King Institute of Preventive Medicine Bacteriolog. Section reports 1907-08
Year: 1907
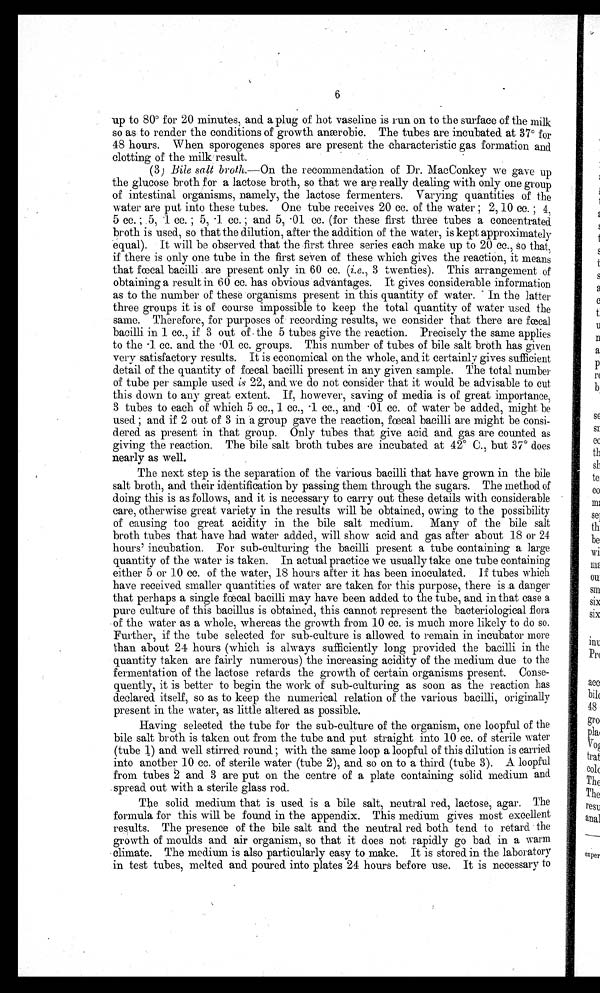
6
up to 80° for 20 minutes, and a plug of hot vaseline is run on to the surface of the milk
so as to render the conditions of growth anaerobic. The tubes are incubated at 37° for
48 hours. When sporogenes spores are present the characteristic gas formation and
clotting of the milk result.
(3) Bile salt broth.--On the recommendation of Dr. MacConkey we gave up
the glucose broth for a lactose broth, so that we are really dealing with only one group
of intestinal organisms, namely, the lactose fermenters. Varying quantities of the
water are put into these tubes. One tube receives 20 cc. of the water ; 2, 10 cc. ; 4.
5 cc. ; .5, 1 cc. ; 5, .1. cc. ; and 5, 01 cc. (for these first three tubes a concentrated
broth is used, so that the dilution, after the addition of the water, is kept approximately
equal). It will be observed that thefirst three series each make up to 20 cc., so that.,
if there is only one tube in the first seven of these which gives the reaction, it means
that faecal bacilli. are present only in 60 cc. (i.e., 3 twenties). This arrangement of
obtaining a result in 60 cc. has obvious advantages. It gives considerable information
as to the number of these organisms present i.n this quantity of water. In the latter
three groups it is of course impossible to keep the total quantity of water used the
same. Therefore, for purposes of recording results, we consider that there are fecal
bacilli. in 1 cc., if 3 out of . the 5 tubes give the reaction. Precisely the same applies
to the 1. cc. and the 01 cc. groups. This number of tubes of bile salt broth has given
very satisfactory results. It is economical on the whole, and it certainly gi.ves sufficient
detail of the quantity of fcal bacilli present in any given sample. The total number
of tube per sample used is 22, and we do not consider that it would be advisable to cut
this down to any great extent. If, however, saving of media is of great importance,
3 tubes to each of which 5 cc., 1 cc., 1 cc., and 0cc. of water be added, might be
used ; and if 2 out of 3 in a group gave the reaction, faecal bacilli are might be consi-
dered as present in that group. Only tubes that give acid and gas are counted as
giving the reaction. The bile salt broth tubes are incubated at 42° C., but 37° does
nearly as well.
The next step is the separation of the Various bacilli that have grown in the bile
salt broth, and. their identification by passing them through the sugars. The method of
doing this is as follows, and it is necessary to carry out these details with considerable
care, otherwise great variety in the results will be obtained, owing to the possibility
of causing too great acidity in the bile salt medium. Many of the bile salt
broth tubes that have had water added, will show acid and gas after about 18 or 24
hours' incubation. For sub-culturing the bacilli present a tube containing a large
quantity of the water is taken. In actual practice we usually take one tube containing
either 5 or 1.0 cc. of the water, 18 hours after it has been inoculated. If tubes which
have received smaller quantities of water are taken for this purpose, there is .a danger
that perhaps a single bacilli may have been added to the tube, and i.n that case a
pure culture of this bac fæca is obtained, this cannot represent the bacteriological flora
of the water as a whole, whereas the growth from 10 cc. is much more likely to do so.
Further, if the tube selected for sub-culture is allowed to remain in incubator more
than about 24 hours (which is always sufficiently long provided the bacilli in the
quantity taken are fairly numerous) the increasing acidity of the medium due to the
fermentation of the lactose retards the growth of certain organisms present. Conse-
quently, it is better to begin the work of sub-culturing as soon as the reaction has
declared itself, so as to keep the numerical relation of the various bacilli, originally
present in the water, as little altered as possible.
Having selected the tube for the sub-culture of the organism, one loopful of the
bile salt broth is taken out from the tube and put straight into 10 cc. of sterile water
(tube 1) and well stirred round ; with the same loop a loopful of this dilution is carried
into another 10 cc. of sterile water (tube 2), and so on to a third (tube 3). A loopful
from tubes 2 and 3 are put on the centre of a plate containing solid medium and
. spread out with a sterile glass rod.
The solid medium that is used is a bile salt, neutral red, lactose, agar. The
formula for this will be found in the appendix. This medium gives most excellent
results. The presence of the bile salt and the neutral red both tend to retard the
growth of moulds and air organism, so that it does not rapidly go bad in a warm
climate. The medium is also particularly easy to make. It is stored in the laboratory
in test tubes, melted and poured into plates 24 hours before use. It is necessary to